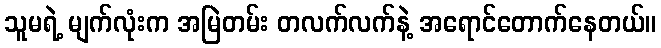
သူမရဲ့ မျက်လုံးက အမြဲတမ်း တလက်လက်နဲ့ အရောင်တောက်နေတယ်။